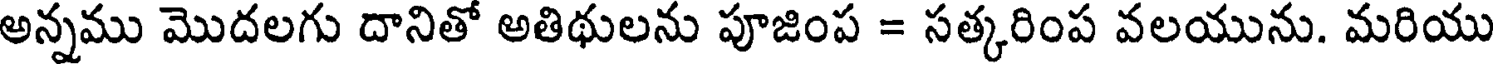
అన్నము మొదలగు దానితో అతిథులను పూజింప = సత్కరింప వలయును. మరియు